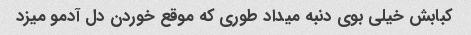
کبابش خیلی بوی دنبه میداد طوری که موقع خوردن دل آدمو میزد